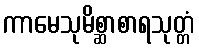
ကာမေသုမိစ္ဆာစာရသုတ္တံ